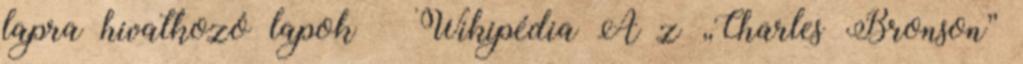
lapra hivatkozó lapok – Wikipédia A z „Charles Bronson”